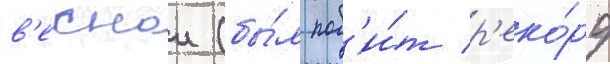
в'еснои (бы́л поб'и́т р'еко́рд